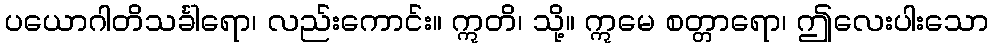
ပယောဂါတိသင်္ခါရော၊ လည်းကောင်း။ ဣတိ၊ သို့။ ဣမေ စတ္တာရော၊ ဤလေးပါးသော